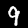
Label: 9